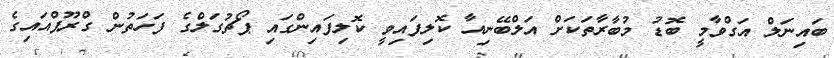
ބައިނަލް އަގްވާމީ ބޮޑު މުބާރާތަކަށް އަލްބޭނިއާ ކޮލިފައިވީ ކޮލިފައިންގައި ޕޯޗުގަލްގެ ފަހަތުން ގްރޫޕްއައިގެ